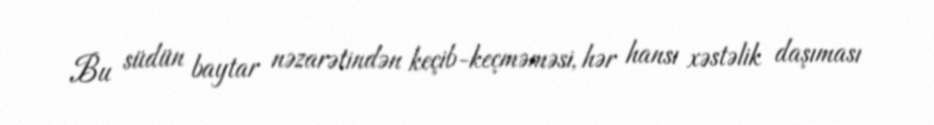
Bu südün baytar nəzarətindən keçib-keçməməsi, hər hansı xəstəlik daşıması